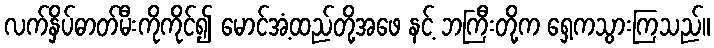
လက်နှိပ်ဓာတ်မီးကိုကိုင်၍ မောင်အံ့ထည်တို့အဖေ နင့် ဘကြီးတို့က ရှေ့ကသွားကြသည်။